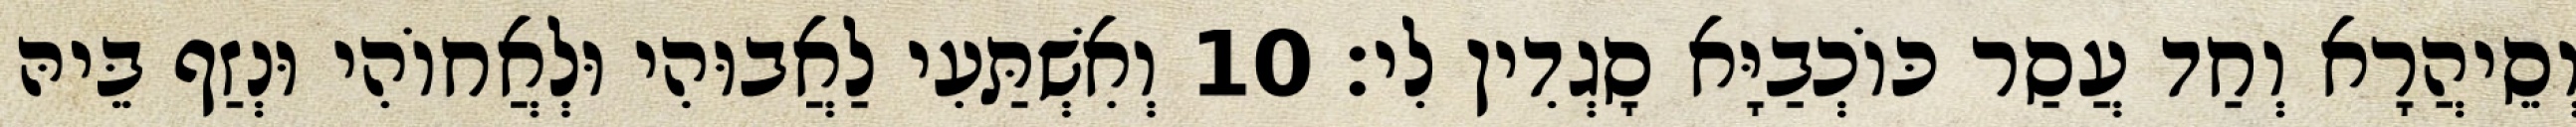
וְסֵיהֲרָא וְחַד עֲסַר כּוֹכְבַיָּא סָגְדִין לִי׃ 10 וְאִשְׁתַּעִי לַאֲבוּהִי וּלְאֲחוֹהִי וּנְזַף בֵּיהּ